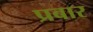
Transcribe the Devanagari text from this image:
प्रबार